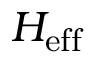
H _ { \mathrm { e f f } }